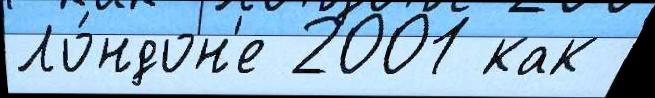
Ло́ндон'е 2001 как